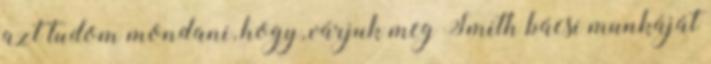
azt tudom mondani, hogy, várjuk meg Smith bácsi munkáját